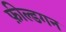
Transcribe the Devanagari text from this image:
फ़ील्डगन